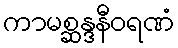
ကာမစ္ဆန္ဒနီဝရဏံ